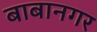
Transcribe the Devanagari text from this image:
बाबानगर